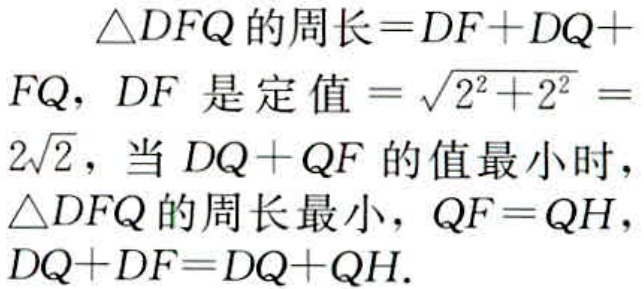
\(\triangle DFQ的周长 = DF + DQ + FQ，DF是定值=\sqrt{2^{2}+2^{2}} = 2\sqrt{2}，当DQ + QF的值最小时，\triangle DFQ的周长最小，QF = QH，DQ + DF=DQ + QH.\)